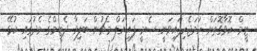
ޓީމް ހޮވާގޮތަށް ހަމަޖެހިފައިވަނީ ސެމީ ފައިނަލް މެޗުން ބަލިވާ ދެޓީމްގެ މެދުގައި ކުޅޭ